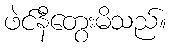
ဖဲင်နီတွေးမိသည်။